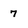
Character: 7